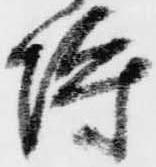
埒